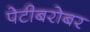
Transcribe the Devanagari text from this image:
पेटीबरोबर